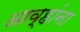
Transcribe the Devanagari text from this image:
आव्हांना